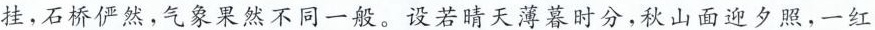
挂，石桥俨然，气象果然不同一般。设若晴天薄暮时分，秋山面迎夕照，一红